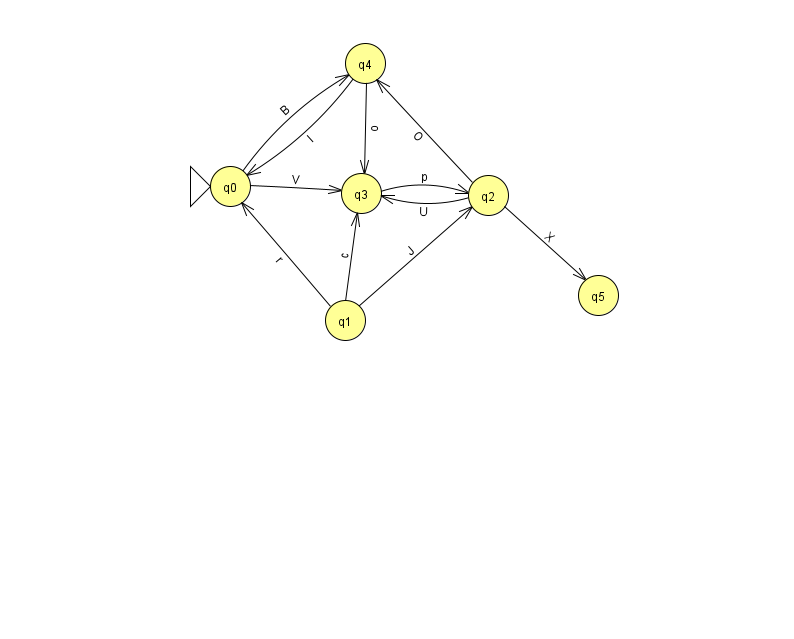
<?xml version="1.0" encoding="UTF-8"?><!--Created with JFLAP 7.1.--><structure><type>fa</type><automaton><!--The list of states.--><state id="0" name="q0"><x>230.0</x><y>173.0</y><initial/></state><state id="1" name="q1"><x>345.0</x><y>307.0</y></state><state id="2" name="q2"><x>488.0</x><y>182.0</y></state><state id="3" name="q3"><x>361.0</x><y>180.0</y></state><state id="4" name="q4"><x>365.0</x><y>50.0</y></state><state id="5" name="q5"><x>598.0</x><y>282.0</y></state><!--The list of transitions.--><transition><from>3</from><to>2</to><read>p</read></transition><transition><from>1</from><to>2</to><read>J</read></transition><transition><from>2</from><to>4</to><read>O</read></transition><transition><from>4</from><to>3</to><read>o</read></transition><transition><from>0</from><to>4</to><read>B</read></transition><transition><from>1</from><to>0</to><read>r</read></transition><transition><from>2</from><to>3</to><read>U</read></transition><transition><from>1</from><to>3</to><read>c</read></transition><transition><from>2</from><to>5</to><read>X</read></transition><transition><from>0</from><to>3</to><read>V</read></transition><transition><from>4</from><to>0</to><read>I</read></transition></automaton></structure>